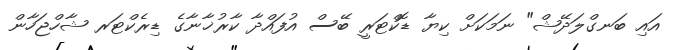
އައި ބަނގްލަދޭޝް" ނަމަކަށް ކިޔާ ޑޮކްޓަރީ ބޭސް އުފައްދާ ކާރުޚާނާގެ ޑިރެކްޓަރ ޝާހްޖަހާން